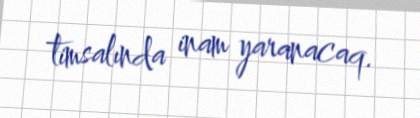
timsalında inam yaranacaq.